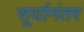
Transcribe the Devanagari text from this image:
सूर्यानंतर